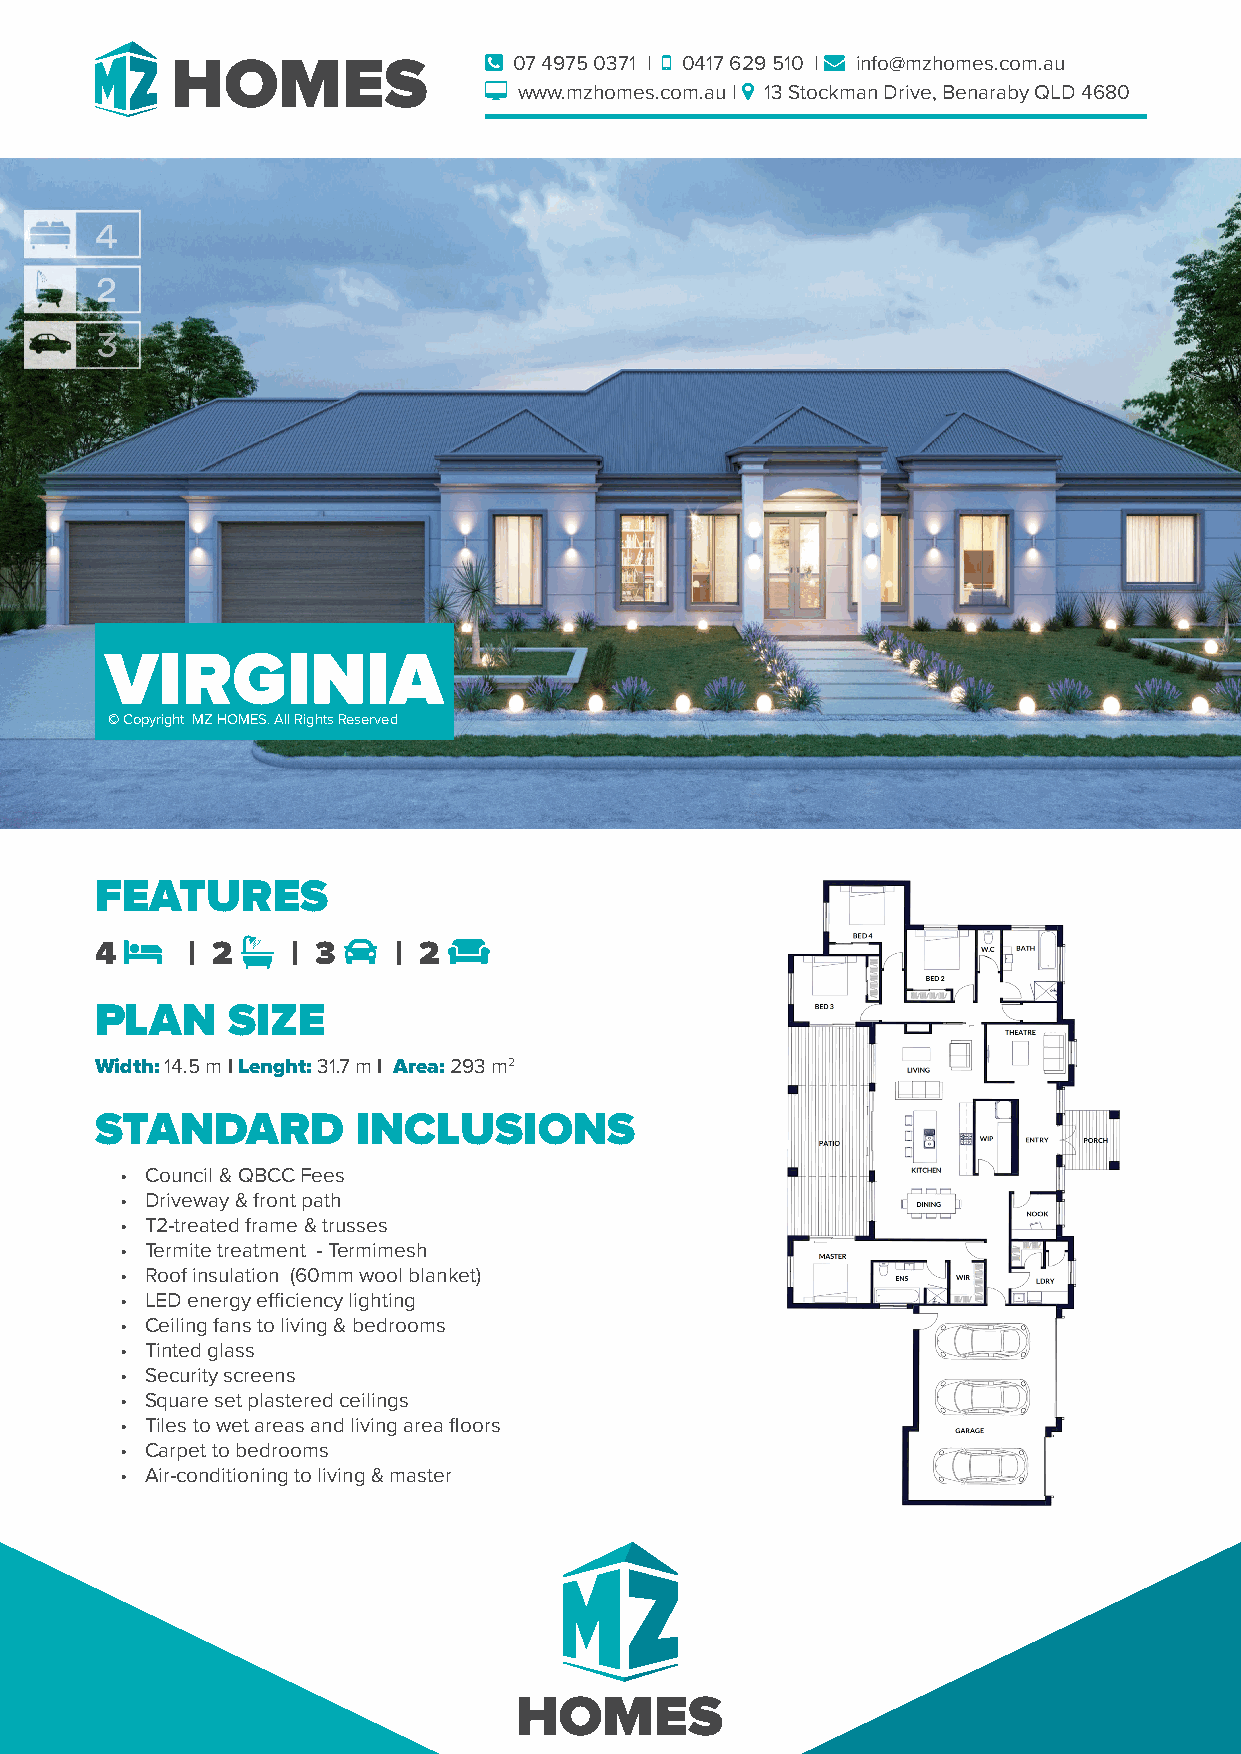
 07 4975 0371 |  0417 629 510 |  info@mzhomes.com.au
  www.mzhomes.com.au |  13 Stockman Drive, Benaraby QLD 4680
 VIRGINIA
 © Copyright MZ HOMES. All Rights Reserved
 FEATURES
        �            COUCH
 4     | 2    | 3    | 2
 PLAN     SIZE
 Width: 14.5 m | Lenght: 31.7 m | Area: 293 m2
 STANDARD          INCLUSIONS
 • Council & QBCC Fees
 • Driveway & front path
 • T2-treated frame & trusses
 • Termite treatment - Termimesh
 • Roof insulation (60mm wool blanket)
 • LED energy efficiency lighting
 • Ceiling fans to living & bedrooms
 • Tinted glass
 • Security screens
 • Square set plastered ceilings
 • Tiles to wet areas and living area floors
 • Carpet to bedrooms
 • Air-conditioning to living & master